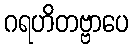
ဂရဟိတဗ္ဗာပေ